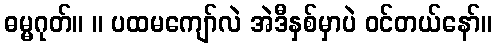
ဓမ္မဂုတ်။ ။ ပထမကျော်လဲ အဲဒီနှစ်မှာပဲ ဝင်တယ်နော်။